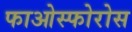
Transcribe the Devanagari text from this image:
फाओस्फोरोस